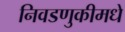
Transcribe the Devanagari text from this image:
निवडणुकीमधे